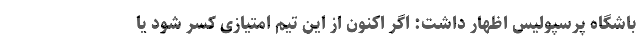
باشگاه پرسپولیس اظهار داشت: اگر اکنون از این تیم امتیازی کسر شود یا